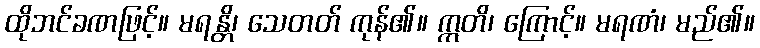
ထိုဘင်ခဏဖြင့်။ မရန္တိ၊ သေတတ် ကုန်၏။ ဣတိ၊ ကြောင့်။ မရဏံ၊ မည်၏။